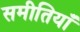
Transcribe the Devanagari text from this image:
समीतियाँ